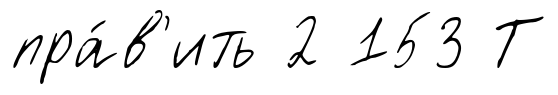
пра́в'ить 2 153 Т